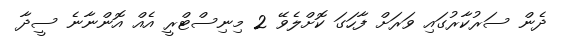
ދެން ސަރުކާރުގައި ވަރަށް ފާހަގަ ކޮށްލެވޭ 2 މިނިސްޓްރީ އެއް އޮންނާނެ ސީދާ